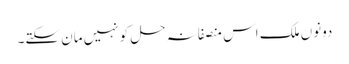
دونوں ملک اس منصفانہ حل کو نہیں مان سکتے۔